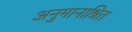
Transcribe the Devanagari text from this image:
अनुमानाश्रित